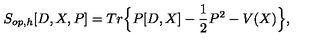
S _ { o p , h } [ D , X , P ] = T r \Big \{ P [ D , X ] - \frac { 1 } { 2 } P ^ { 2 } - V ( X ) \Big \} ,